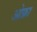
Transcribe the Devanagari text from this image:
ओफ्रा